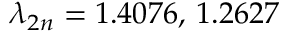
\lambda _ { 2 n } = 1 . 4 0 7 6 , \, 1 . 2 6 2 7